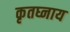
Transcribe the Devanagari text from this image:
कृतघ्नाय